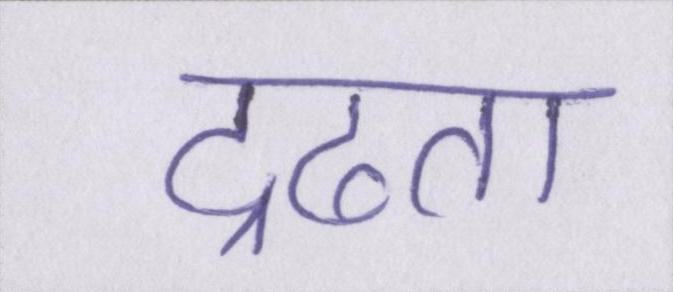
द्रढता